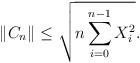
LaTeX: \begin{align*}\|C_n\|\le \sqrt{n\sum_{i=0}^{n-1}X_i^2}.\end{align*}